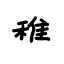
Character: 稚